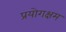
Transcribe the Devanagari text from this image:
प्रयोगक्षम